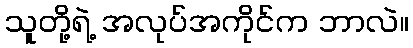
သူတို့ရဲ့ အလုပ်အကိုင်က ဘာလဲ။